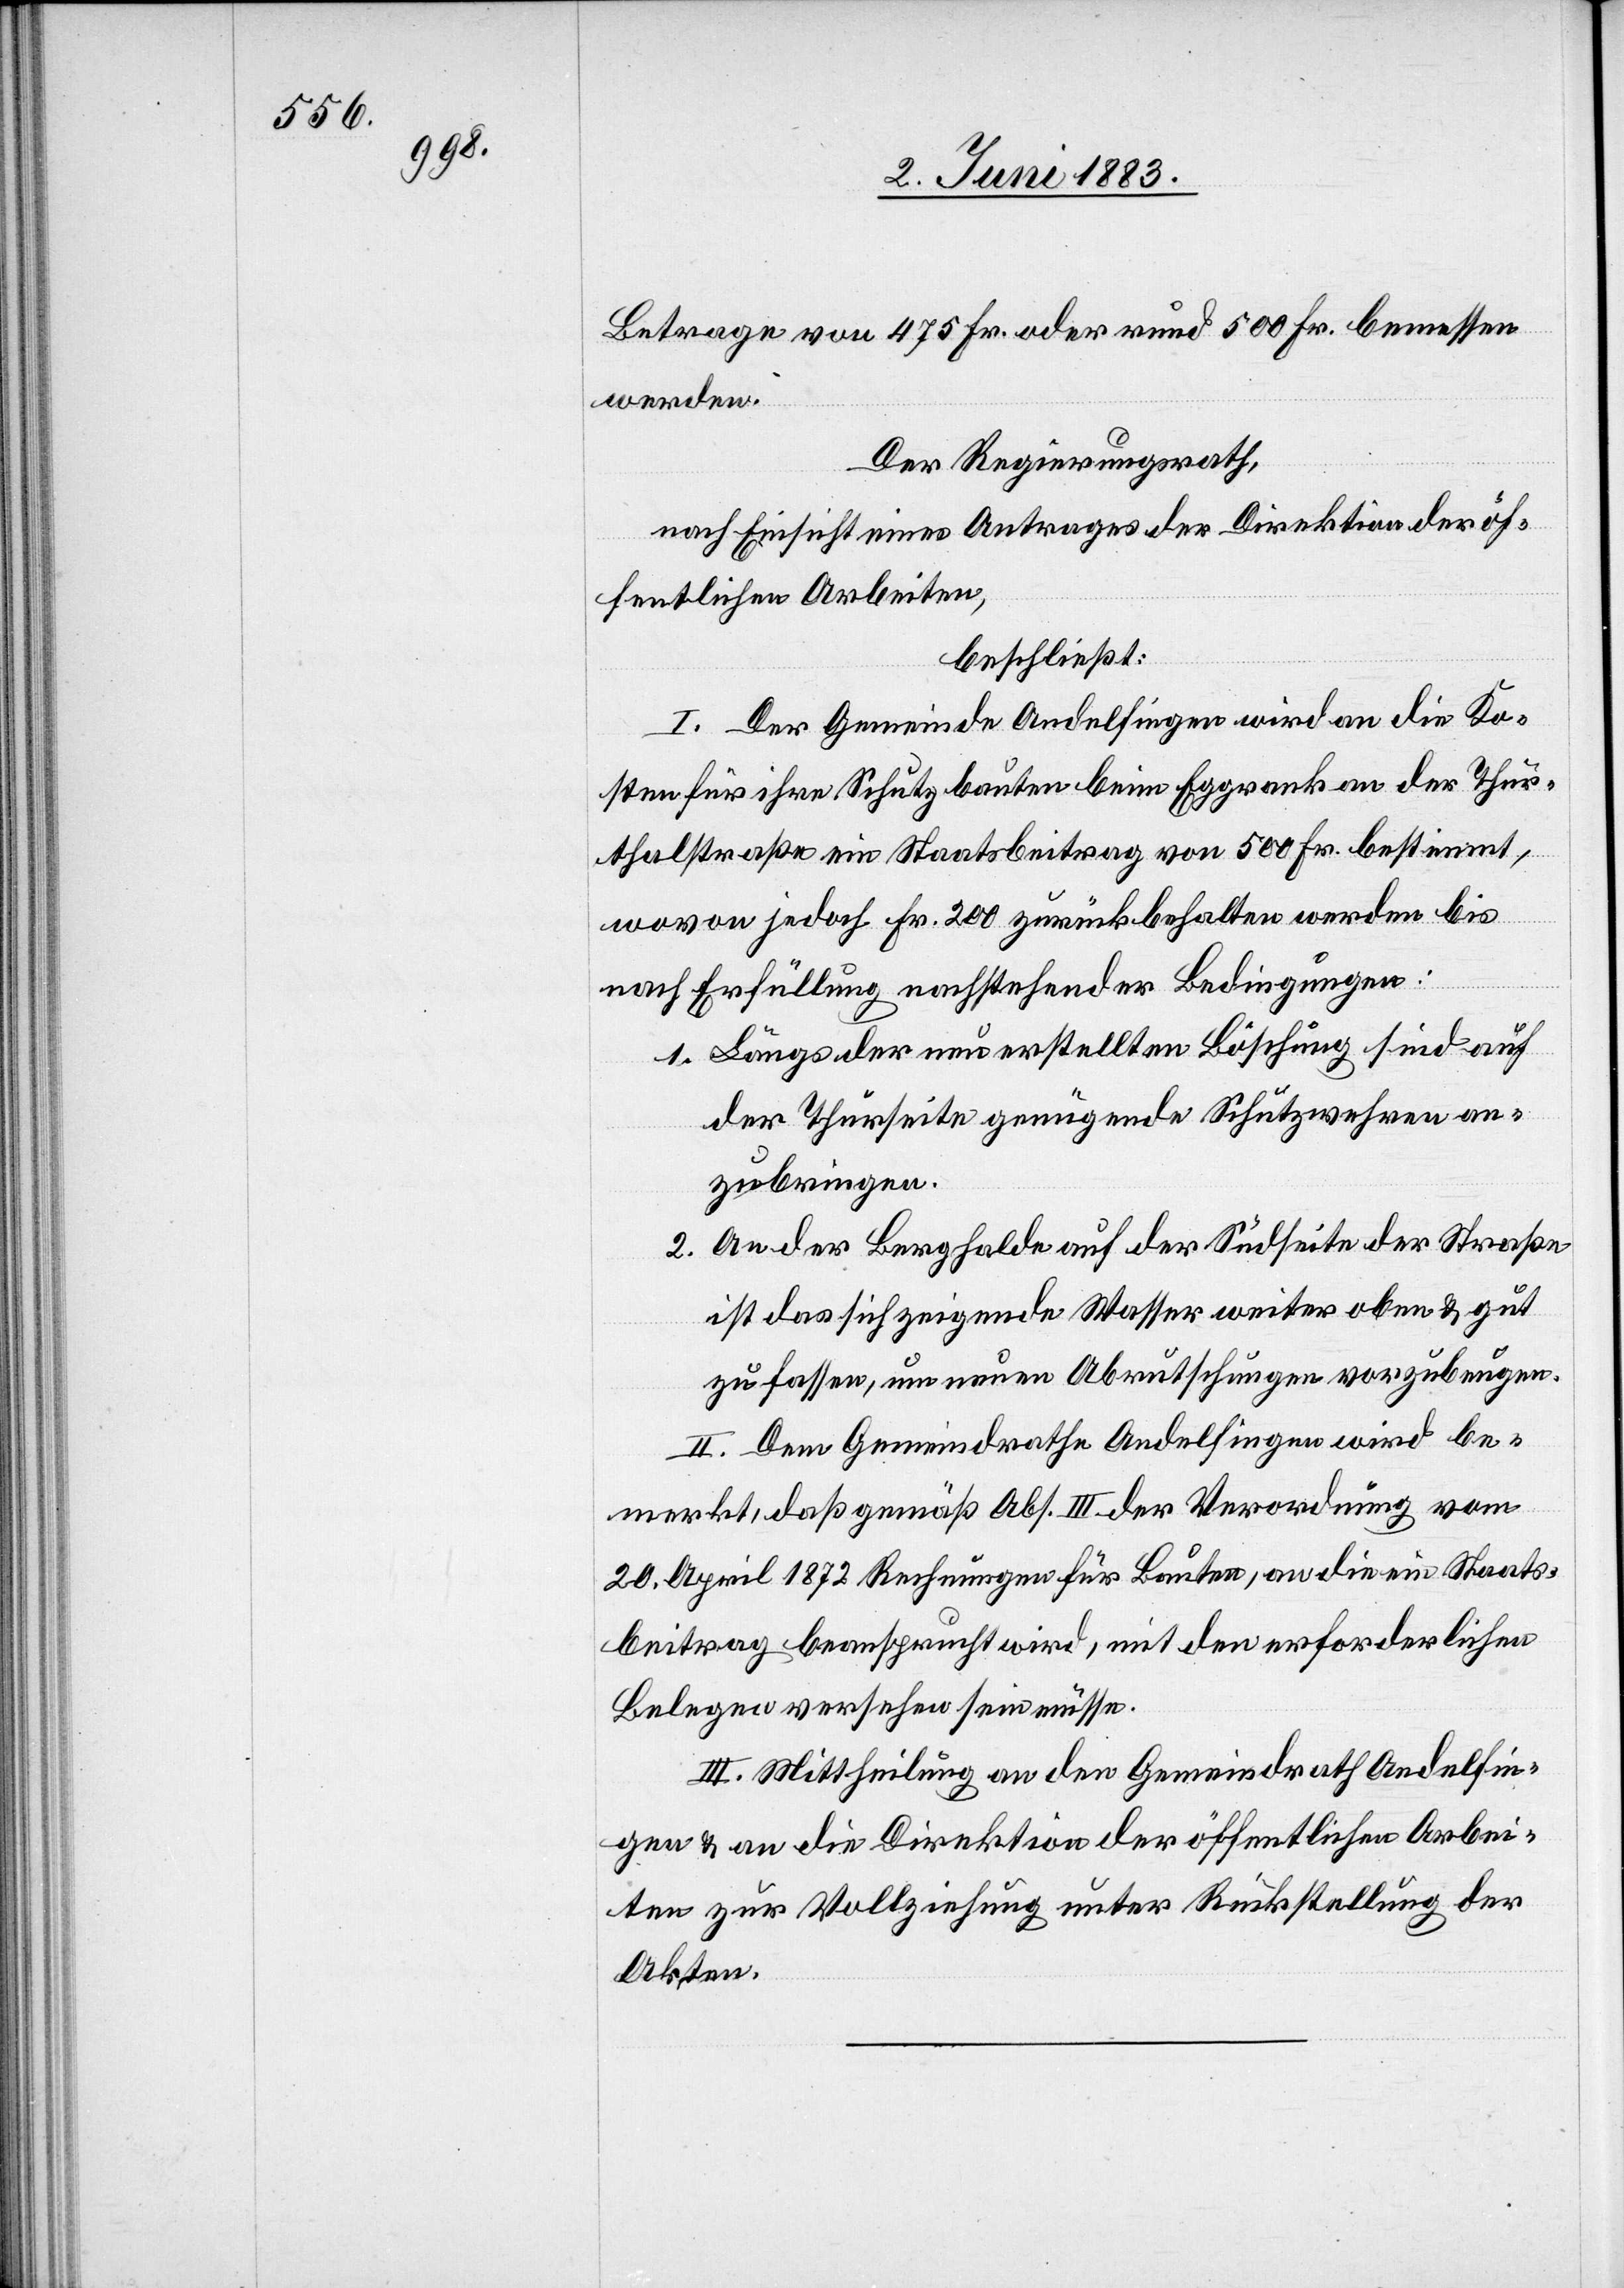
Betrage von 475 Fr. oder rund 500 Fr. bemessen
werden.
Der Regierungsrath,
nach Einsicht eines Antrages der Direktion der öf¬
fentlichen Arbeiten,
beschließt:
I. Der Gemeinde Andelfingen wird an die Ko¬
sten für ihre Schutzbauten beim Eggrank an der Thur¬
thalstraße ein Staatsbeitrag von 500 Fr. bestimmt,
wovon jedoch Fr. 200 zurückbehalten werden bis
nach Erfüllung nachstehender Bedingungen:
1. Längs der neu erstellten Böschung sind auf
der Thurseite genügende Schutzwehren an¬
zubringen.
2. An der Berghalde auf der Südseite der Straße
ist das sich zeigende Wasser weiter oben & gut
zu fassen, um neuen Abrutschungen vorzubeugen.
II. Dem Gemeindrathe Andelfingen wird be¬
merkt, daß gemäß Abs. III. der Verordnung vom
20. April 1872 Rechnungen für Bauten, an die ein Staats¬
beitrag beansprucht wird, mit den erforderlichen
Belegen versehen sein müssen.
III. Mittheilung an den Gemeindrath Andelfin¬
gen & an die Direktion der öffentlichen Arbei¬
ten zur Vollziehung unter Rückstellung der
Akten.